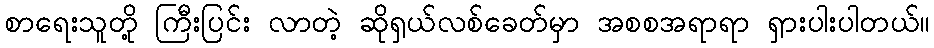
စာရေးသူတို့ ကြီးပြင်း လာတဲ့ ဆိုရှယ်လစ်ခေတ်မှာ အစစအရာရာ ရှားပါးပါတယ်။